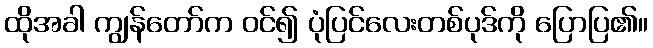
ထိုအခါ ကျွန်တော်က ဝင်၍ ပုံပြင်လေးတစ်ပုဒ်ကို ပြောပြ၏။